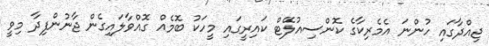
ޖިއްދާގައި ހުންނަ އެމެރިކާގެ ކޮންސިއުލޭޓް ކައިރީގައި މީހަކު ބޮމެއް ގޮއްވާލައިގެން ޖާނުންފިދާ މިވީ